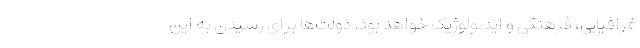
غرافیایی، فرهنگی و ایدئولوژیک خواهد بود. دولت­‌ها برای رسیدن به این